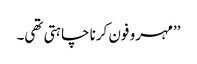
’’مہرو فون کرنا چاہتی تھی۔